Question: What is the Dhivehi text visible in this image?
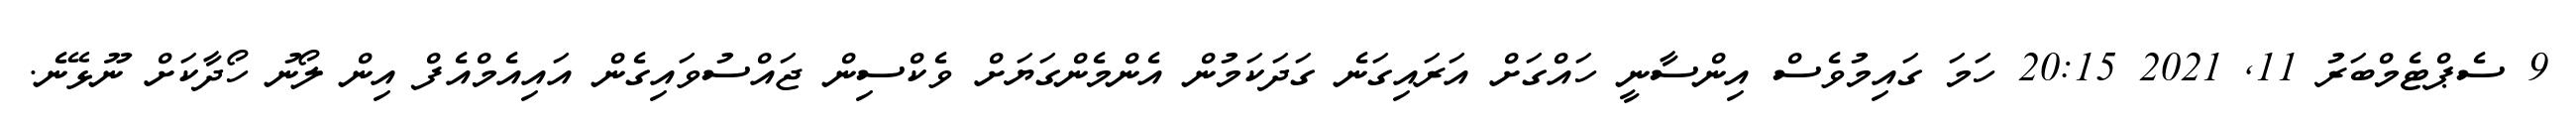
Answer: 9 ސެޕްޓެމްބަރު 11, 2021 20:15 ހަމަ ގައިމުވެސް އިންސާނީ ހައްގަށް އަރައިގަނެ ގަދަކަމުން އެންމެންގަޔަށް ވެކްސިން ޖައްސުވައިގެން އައިއެމްއެފް އިން ލޯނު ހޯދާކަށް ނޫޅޭނެ.